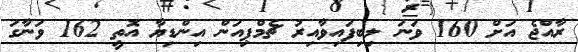
ރާއްޖެ އަށް 160 ވަނަ ލިބިފައިވާއިރު ޗެމްޕިއަން އިންޑިޔާ އޮތީ 162 ވަނާގަ